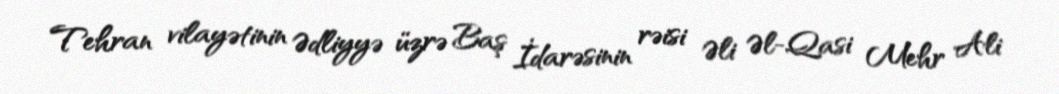
Tehran vilayətinin Ədliyyə üzrə Baş İdarəsinin rəisi Əli Əl-Qasi Mehr Ali